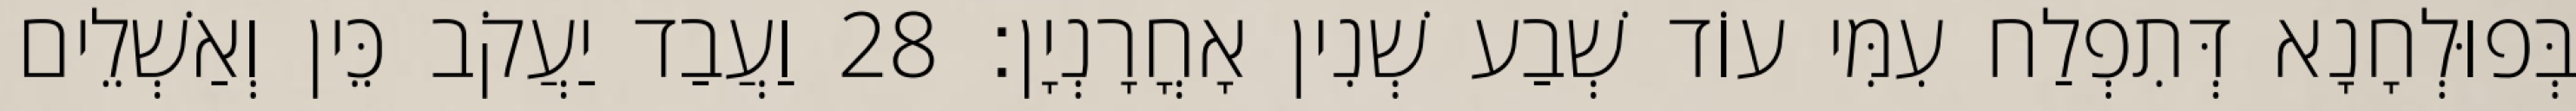
בְּפוּלְחָנָא דְּתִפְלַח עִמִּי עוֹד שְׁבַע שְׁנִין אָחֳרָנְיָן׃ 28 וַעֲבַד יַעֲקֹב כֵּין וְאַשְׁלֵים